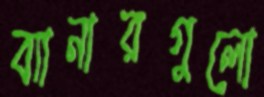
ব্যানারগুলো